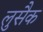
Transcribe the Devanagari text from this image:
लुसैक